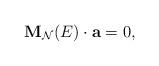
LaTeX: \begin{align*}{\bf M}_{{\cal N}}(E) \cdot {\bf a} = 0, \end{align*}